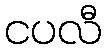
ငပလီ